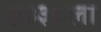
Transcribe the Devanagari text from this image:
ए३३०ला